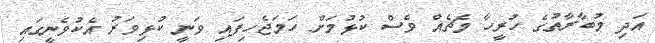
އަދި މުބާރާތުގެ ހުރީހާ މެޗެއް ވެސް ކުޅުމަށް ހަމަޖެހިފައި ވަނީ ކުޅިވަރު އެކުވެނީގައި